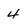
Character: 4